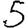
Digit: 5